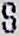
S